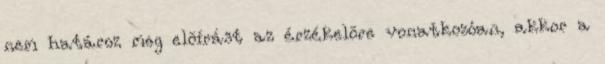
nem határoz meg elõírást az érzékelõre vonatkozóan, akkor a